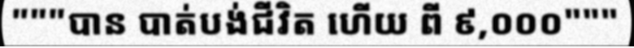
"""បាន បាត់បង់ជីវិត ហើយ ពី ៩,០០០"""